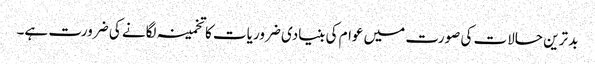
بد ترین حالات کی صورت میں عوام کی بنیادی ضروریات کا تخمینہ لگانے کی ضرورت ہے۔